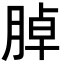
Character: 𦜰